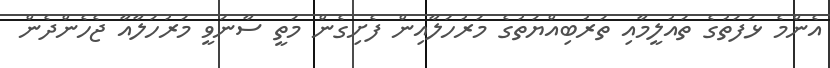
އެންމެ ޅަފަތުގެ ތައުލީމާއި ތަރުބިއްޔަތުގެ މަރުހަލާއިން ފެށިގެން މަތީ ސާނަވީ މަރުހަލާއާ ޖެހެންދެން